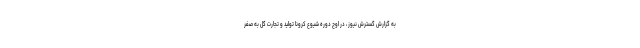
به گزارش گسترش نیوز ، در اوج دوره شیوع کرونا تولید و تجارت گل به صفر